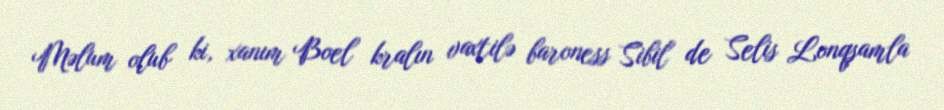
Məlum olub ki, xanım Boel kralın vaxtilə baroness Sibil de Selis Lonqşamla